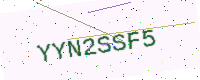
Text: YYN2SSF5